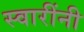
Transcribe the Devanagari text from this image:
स्वारींनी